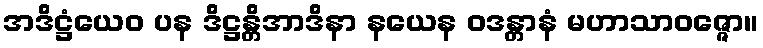
အဒိဋ္ဌံယေဝ ပန ဒိဋ္ဌန္တိအာဒိနာ နယေန ဝဒန္တာနံ မဟာသာဝဇ္ဇော။